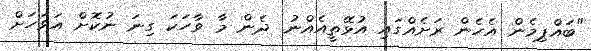
"ބައްޕިމެން އެހެން ރަށެއްގައި އުޅޭތީއެއްނު. ދެން މާ ވާހަކަ ގިނަ ނުކޮށް އަވަހަށް